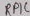
Text: RPIC